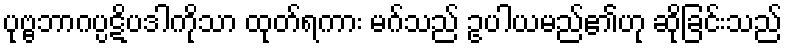
ပုဗ္ဗဘာဂပ္ပဋိပဒါကိုသာ ထုတ်ရကား မဂ်သည် ဥပါယမည်၏ဟု ဆိုခြင်းသည်